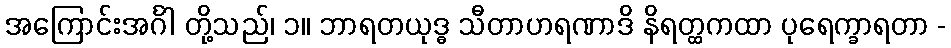
အကြောင်းအင်္ဂါ တို့သည်၊ ၁။ ဘာရတယုဒ္ဓ သီတာဟရဏာဒိ နိရတ္ထကထာ ပုရေက္ခာရတာ -